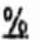
%